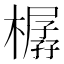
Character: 樼